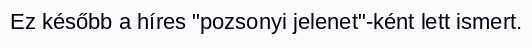
Ez később a híres "pozsonyi jelenet"-ként lett ismert.